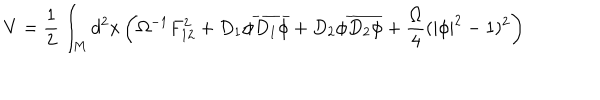
V = \frac { 1 } { 2 } \int _ { M } d ^ { 2 } x \left( \Omega ^ { - 1 } F _ { 1 2 } ^ { 2 } + D _ { 1 } \phi \overline { { { D _ { 1 } \phi } } } + D _ { 2 } \phi \overline { { { D _ { 2 } \phi } } } + \frac { \Omega } { 4 } ( | \phi | ^ { 2 } - 1 ) ^ { 2 } \right)